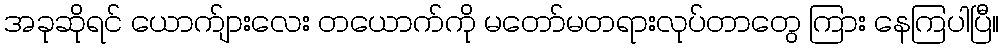
အခုဆိုရင် ယောက်ျားလေး တယောက်ကို မတော်မတရားလုပ်တာတွေ ကြား နေကြပါပြီ။